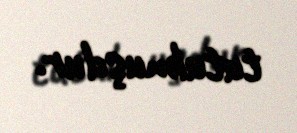
tutulmuşdur.